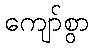
ကျော်စွာ